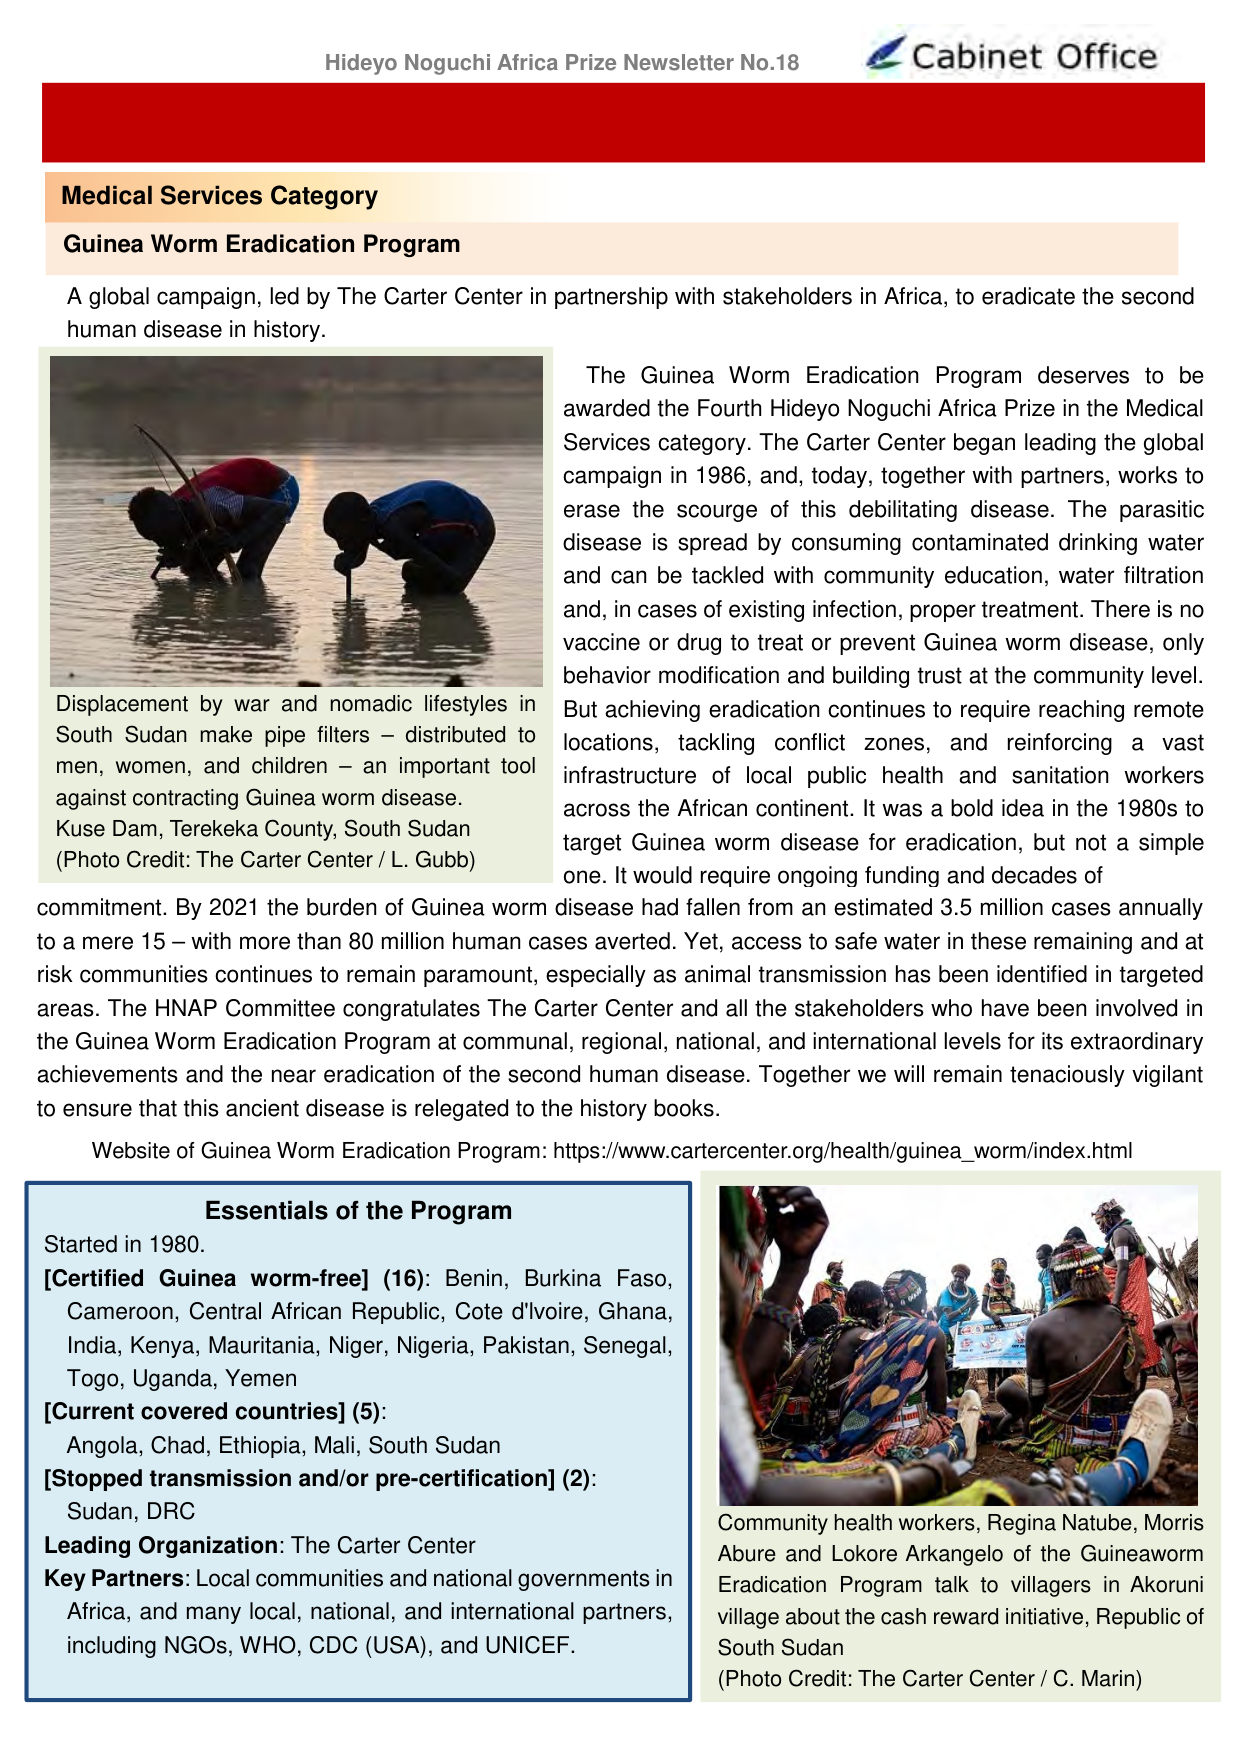
Hideyo Noguchi Africa Prize Newsletter No.18
Cabinet Office

Medical Services Category
Guinea Worm Eradication Program

A global campaign, led by The Carter Center in partnership with stakeholders in Africa, to eradicate the second human disease in history.

The Guinea Worm Eradication Program deserves to be awarded the Fourth Hideyo Noguchi Africa Prize in the Medical Services category. The Carter Center began leading the global campaign in 1986, and, today, together with partners, works to erase the scourge of this debilitating disease. The parasitic disease is spread by consuming contaminated drinking water and can be tackled with community education, water filtration and, in cases of existing infection, proper treatment. There is no vaccine or drug to treat or prevent Guinea worm disease, only behavior modification and building trust at the community level. But achieving eradication continues to require reaching remote locations, tackling conflict zones, and reinforcing a vast infrastructure of local public health and sanitation workers across the African continent. It was a bold idea in the 1980s to target Guinea worm disease for eradication, but not a simple one. It would require ongoing funding and decades of commitment. By 2021 the burden of Guinea worm disease had fallen from an estimated 3.5 million cases annually to a mere 15 – with more than 80 million human cases averted. Yet, access to safe water in these remaining and at risk communities continues to remain paramount, especially as animal transmission has been identified in targeted areas. The HNAP Committee congratulates The Carter Center and all the stakeholders who have been involved in the Guinea Worm Eradication Program at communal, regional, national, and international levels for its extraordinary achievements and the near eradication of the second human disease. Together we will remain tenaciously vigilant to ensure that this ancient disease is relegated to the history books.

Website of Guinea Worm Eradication Program: https://www.cartercenter.org/health/guinea_worm/index.html

Displacement by war and nomadic lifestyles in South Sudan make pipe filters – distributed to men, women, and children – an important tool against contracting Guinea worm disease.
Kuse Dam, Terekeka County, South Sudan
(Photo Credit: The Carter Center / L. Gubb)

Essentials of the Program
Started in 1980.
[Certified Guinea worm-free] (16): Benin, Burkina Faso, Cameroon, Central African Republic, Cote d'Ivoire, Ghana, India, Kenya, Mauritania, Niger, Nigeria, Pakistan, Senegal, Togo, Uganda, Yemen
[Current covered countries] (5): Angola, Chad, Ethiopia, Mali, South Sudan
[Stopped transmission and/or pre-certification] (2): Sudan, DRC
Leading Organization: The Carter Center
Key Partners: Local communities and national governments in Africa, and many local, national, and international partners, including NGOs, WHO, CDC (USA), and UNICEF.

Community health workers, Regina Natube, Morris Abure and Lokore Arkangelo of the Guineaworm Eradication Program talk to villagers in Akoruni village about the cash reward initiative, Republic of South Sudan
(Photo Credit: The Carter Center / C. Marin)